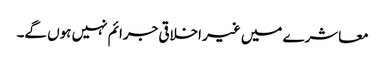
معاشرے میں غیر اخلاقی جرائم نہیں ہوں گے۔